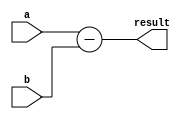
module subtractor (
    input [7:0] a,
    input [7:0] b,
    output [7:0] result
);

assign result = a - b;

endmodule